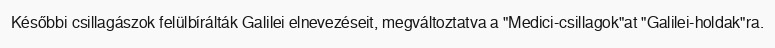
Későbbi csillagászok felülbírálták Galilei elnevezéseit, megváltoztatva a "Medici-csillagok"at "Galilei-holdak"ra.